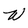
Character: W